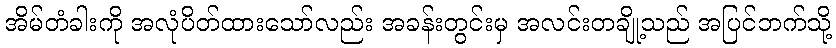
အိမ်တံခါးကို အလုံပိတ်ထားသော်လည်း အခန်းတွင်းမှ အလင်းတချို့သည် အပြင်ဘက်သို့